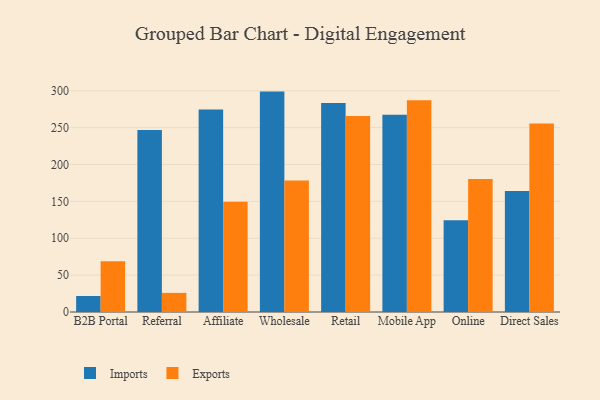
{"axis": {"x": "Channel", "y": "Gross Profit (USD K)"}, "legend": ["Exports", "Imports"], "data": [{"x": "B2B Portal", "y": 21.7, "type": "Imports"}, {"x": "B2B Portal", "y": 68.8, "type": "Exports"}, {"x": "Referral", "y": 246.9, "type": "Imports"}, {"x": "Referral", "y": 25.9, "type": "Exports"}, {"x": "Affiliate", "y": 274.5, "type": "Imports"}, {"x": "Affiliate", "y": 149.4, "type": "Exports"}, {"x": "Wholesale", "y": 298.9, "type": "Imports"}, {"x": "Wholesale", "y": 178.2, "type": "Exports"}, {"x": "Retail", "y": 283.5, "type": "Imports"}, {"x": "Retail", "y": 265.7, "type": "Exports"}, {"x": "Mobile App", "y": 267.5, "type": "Imports"}, {"x": "Mobile App", "y": 287.1, "type": "Exports"}, {"x": "Online", "y": 124.5, "type": "Imports"}, {"x": "Online", "y": 180.4, "type": "Exports"}, {"x": "Direct Sales", "y": 164.1, "type": "Imports"}, {"x": "Direct Sales", "y": 255.6, "type": "Exports"}]}